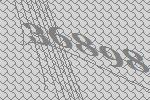
36898